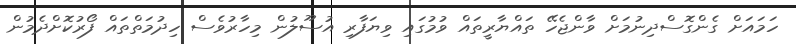
ހަމައަށް ގެންގޮސްދިނުމަށް ވާންޖެހޭ ތައްޔާރީތައް ވުމުގައި ވިޔަފާރި އުސޫލުން މިހާރުވެސް ހިދުމަތްތައް ފޯރުކޮށްދެމުން